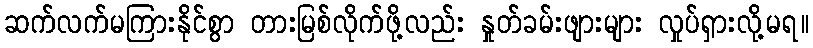
ဆက်လက်မကြားနိုင်စွာ တားမြစ်လိုက်ဖို့လည်း နှုတ်ခမ်းဖျားများ လှုပ်ရှားလို့မရ။